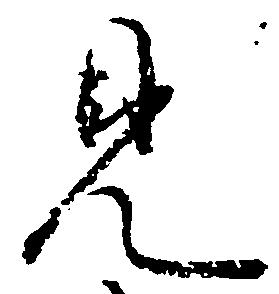
見